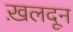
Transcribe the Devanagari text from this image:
ख़लदून